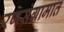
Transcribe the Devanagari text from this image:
रणसंग्रामात